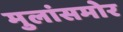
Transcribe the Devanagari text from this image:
मुलांसमोर